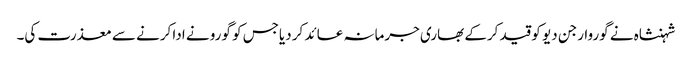
شہنشاہ نے گوروارجن دیو کو قید کرکے بھاری جرمانہ عائد کر دیاجس کو گورو نے ادا کرنے سے معذرت کی۔